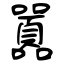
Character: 囂